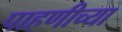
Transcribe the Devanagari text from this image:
पाहणीच्या